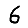
Digit: 6